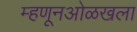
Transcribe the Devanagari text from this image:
म्हणूनओळखला